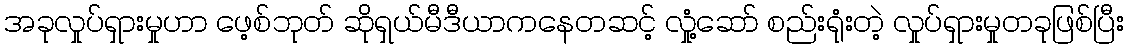
အခုလှုပ်ရှားမှုဟာ ဖေ့စ်ဘုတ် ဆိုရှယ်မီဒီယာကနေတဆင့် လှုံ့ဆော် စည်းရုံးတဲ့ လှုပ်ရှားမှုတခုဖြစ်ပြီး